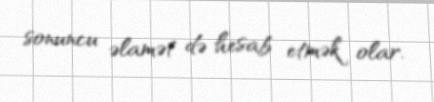
sonuncu əlamət də hesab etmək olar.